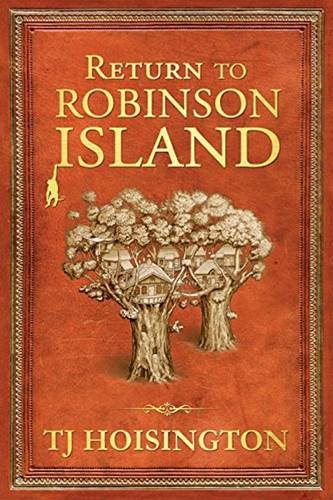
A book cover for Return to Robinson Island; TJ Hoisington; Literature & Fiction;